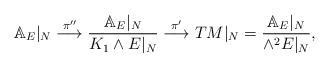
LaTeX: \begin{align*}\mathbb{A}_E|_{N} \stackrel{\pi''}{\longrightarrow}\frac{\mathbb{A}_E|_N}{K_1\wedge E|_N}\stackrel{\pi'}{\longrightarrow}TM|_{N}=\frac{\mathbb{A}_E|_N}{\wedge^2 E|_N},\end{align*}